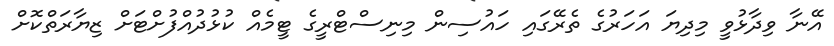
އޭނާ ވިދާޅުވީ މިދިޔަ އަހަރުގެ ތެރޭގައި ހައުސިން މިނިސްޓްރީގެ ޓީމެއް ކުޅުދުއްފުށްޓަށް ޒިޔާރަތްކޮށް